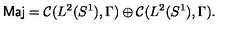
\mathrm { \sf M a j } = { \cal C } ( L ^ { 2 } ( S ^ { 1 } ) , \Gamma ) \oplus { \cal C } ( L ^ { 2 } ( S ^ { 1 } ) , \Gamma ) .